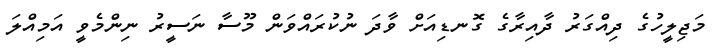
މަޖިލީހުގެ ދިއްގަރު ދާއިރާގެ ގޮނޑިއަށް ވާދަ ނުކުރައްވަން މޫސާ ނަސީރު ނިންމެވީ އަމިއްލަ